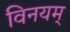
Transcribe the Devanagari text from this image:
विनयम्